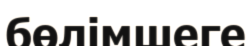
бөлімшеге